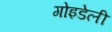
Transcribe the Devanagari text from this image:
गोइडेली